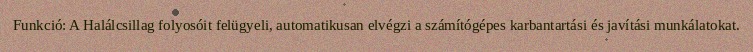
Funkció: A Halálcsillag folyosóit felügyeli, automatikusan elvégzi a számítógépes karbantartási és javítási munkálatokat.